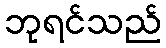
ဘုရင်သည်